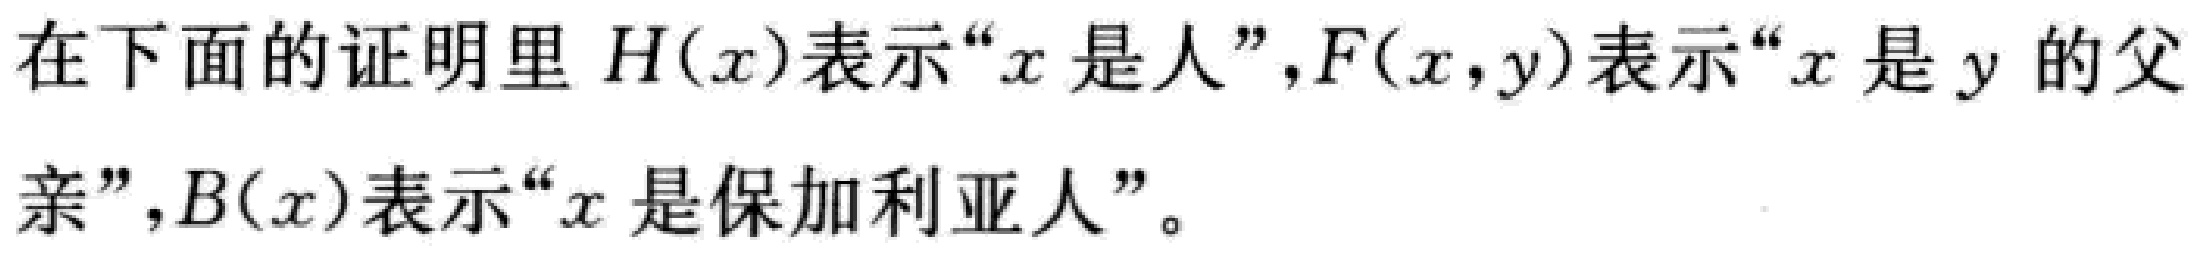
在下面的证明里 \(H(x)\)表示“\(x\)是人”，\(F(x,y)\)表示“\(x\)是 \(y\)的父亲”，\(B(x)\)表示“\(x\)是保加利亚人”。